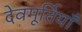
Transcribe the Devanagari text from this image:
देवमूर्तियाँ